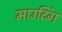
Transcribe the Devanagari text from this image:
माउटिंग